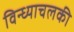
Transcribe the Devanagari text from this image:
विन्ध्याचलकी